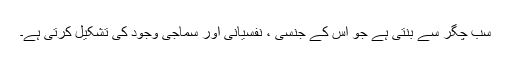
سب چگر سے بنتی ہے جو اس کے جنسی ، نفسیانی اور سماجی وجود کی تشکیل کرتی ہے۔